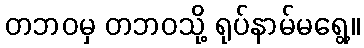
တဘဝမှ တဘဝသို့ ရုပ်နာမ်မရွေ့။